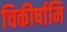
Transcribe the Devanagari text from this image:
चिकीर्षामि